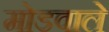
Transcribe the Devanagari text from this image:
मोडवाले